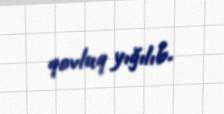
qovluq yığılıb.